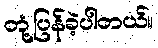
တုံ့ပြန်ခဲ့ပါတယ်။